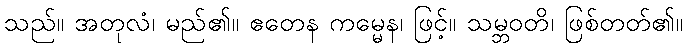
သည်။ အတုလံ၊ မည်၏။ ဧတေန ကမ္မေန၊ ဖြင့်။ သမ္ဘဝတိ၊ ဖြစ်တတ်၏။